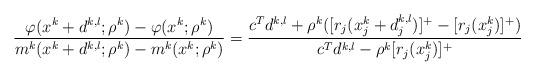
LaTeX: \begin{align*}\frac{\varphi(x^k+d^{k,l}; \rho^k) - \varphi(x^k; \rho^k)}{m^k(x^k+d^{k,l};\rho^k) - m^k(x^k;\rho^k)}=\frac{c^Td^{k,l} + \rho^k([r_j(x_j^k+ d_j^{k,l})]^+-[r_j(x_j^k)]^+)}{c^Td^{k,l} - \rho^k[r_j(x_j^k)]^+}\end{align*}